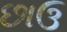
છાઉ